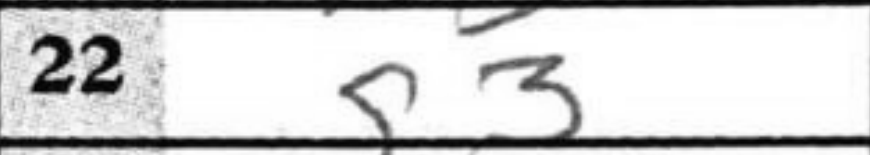
Transcription: g3